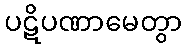
ပဋိပဏာမေတွာ